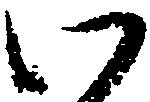
い